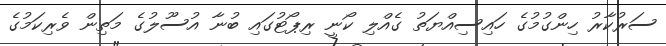
ސަރުކާރު ހިންގުމުގެ ހައިސިއްޔަތު ގެއްލި ކޯނީ ރިޕޯޓުގައި ބުނާ އުސޫލުގެ މަތިން ވެރިކަމުގެ